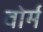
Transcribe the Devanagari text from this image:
वोर्म